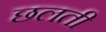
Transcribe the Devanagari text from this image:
छलती